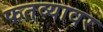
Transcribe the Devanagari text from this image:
फतव्यावर